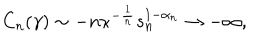
LaTeX: C _ { n } ( \gamma ) \sim - n \kappa ^ { - \frac { 1 } { n } } s _ { n } ^ { 1 - \alpha _ { n } } \rightarrow - \infty ,